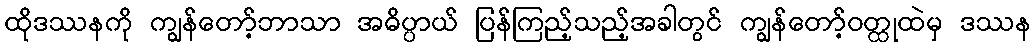
ထိုဒဿနကို ကျွန်တော့်ဘာသာ အဓိပ္ပာယ် ပြန်ကြည့်သည့်အခါတွင် ကျွန်တော့်ဝတ္ထုထဲမှ ဒဿန